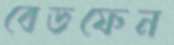
বেডফেন